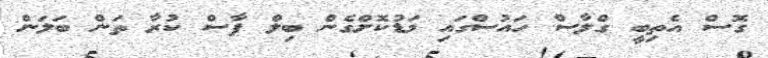
ގޮސް އެތިބީ ގްލާސް ހައުސްގައި މަޑުކޮށްގެން ބިލް ފާސް ކުރާ ތަން ބަލަން